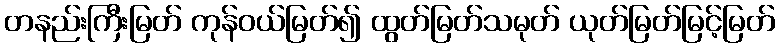
တနည်းကြီးမြတ် ကုန်ဝယ်မြတ်၍ ထွတ်မြတ်သမုတ် ယုတ်မြတ်မြင့်မြတ်